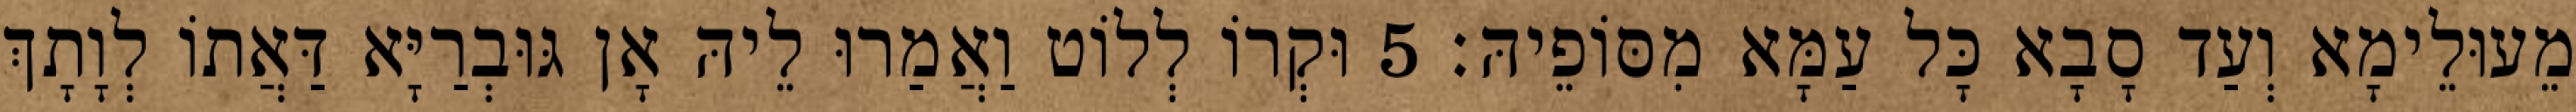
מֵעוּלֵימָא וְעַד סָבָא כָּל עַמָּא מִסּוֹפֵיהּ׃ 5 וּקְרוֹ לְלוֹט וַאֲמַרוּ לֵיהּ אָן גּוּבְרַיָּא דַּאֲתוֹ לְוָתָךְ